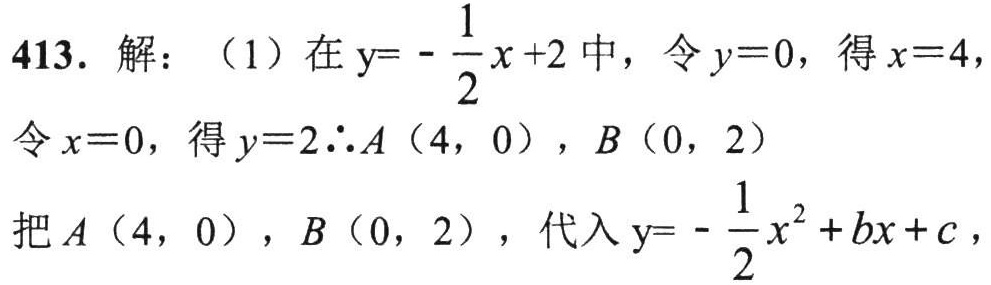
413. 解：（1）在\(y = -\dfrac{1}{2}x + 2\)中，令\(y = 0\)，得\(x = 4\)，
令\(x = 0\)，得\(y = 2\therefore A(4,0)\)，\(B(0,2)\)
把\(A(4,0)\)，\(B(0,2)\)，代入\(y = -\dfrac{1}{2}x^{2}+bx + c\)，